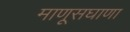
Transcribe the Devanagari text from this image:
माणूसघाणा